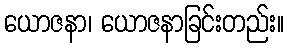
ယောဇနာ၊ ယောဇနာခြင်းတည်း။